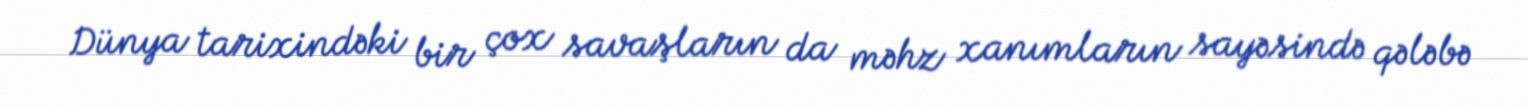
Dünya tarixindəki bir çox savaşların da məhz xanımların sayəsində qələbə